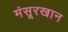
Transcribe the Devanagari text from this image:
मंसूरखान